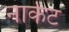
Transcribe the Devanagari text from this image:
नार्कट